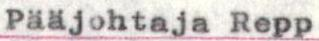
Pääjohtaja Repp